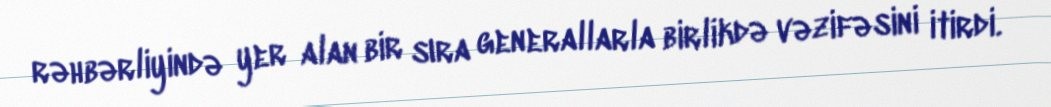
rəhbərliyində yer alan bir sıra generallarla birlikdə vəzifəsini itirdi.